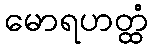
မောရဟတ္ထံ